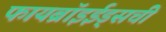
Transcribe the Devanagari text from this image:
फायब्रॉइईड्‌सची